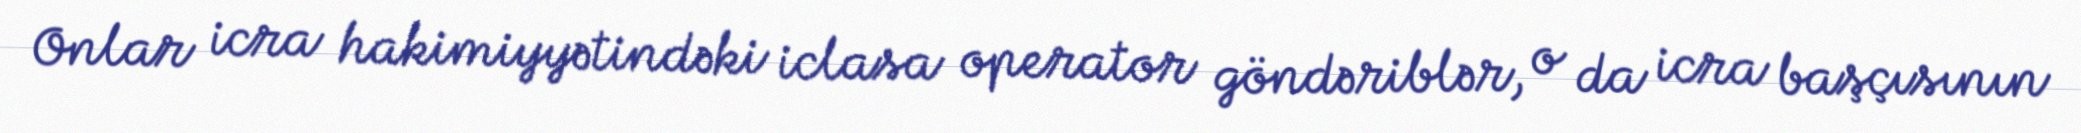
Onlar icra hakimiyyətindəki iclasa operator göndəriblər, o da icra başçısının